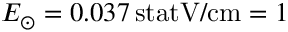
E _ { \odot } = 0 . 0 3 7 \, \mathrm { s t a t V } / \mathrm { c m } = 1